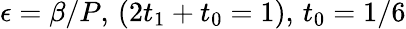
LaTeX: \epsilon=\beta/P,\, (2t_{1}+t_{0}=1),\, t_{0}=1/6